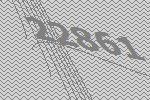
22861